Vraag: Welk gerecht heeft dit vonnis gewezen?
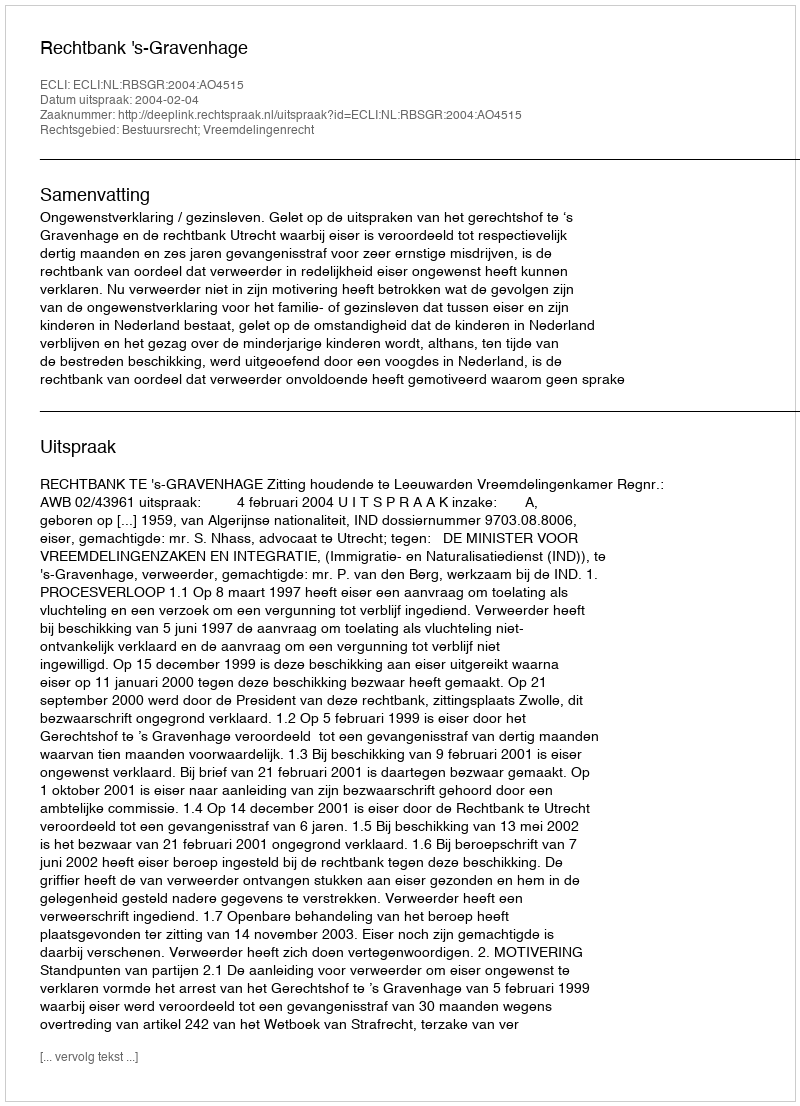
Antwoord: Rechtbank 's-Gravenhage